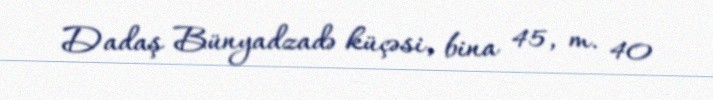
Dadaş Bünyadzadə küçəsi, bina 45, m. 40